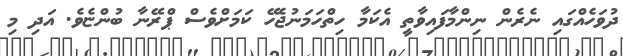
ދުވަހެއްގައި ނެރެން ނިންމާފައިވާތީ އެކަމާ ހިތްހަމަނުޖެހޭ ކަމަށްވެސް ޕްރޭނާ ބުންޏެވެ. އަދި މި